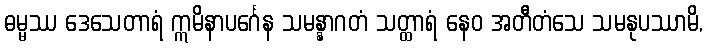
ဓမ္မဿ ဒေသေတာရံ ဣမိနာပင်္ဂေန သမန္နာဂတံ သတ္ထာရံ နေဝ အတီတံသေ သမနုပဿာမိ,